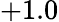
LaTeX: +1.0